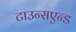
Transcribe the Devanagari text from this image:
टाउन्सएन्ड